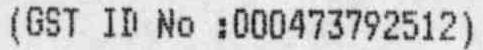
(GST ID NO :000473792512)